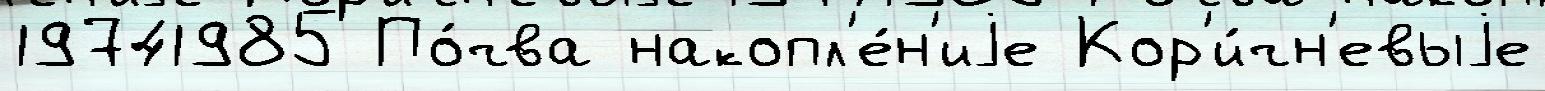
19741985 По́чва накопл'е́н'иjе Кор'и́чн'евыjе